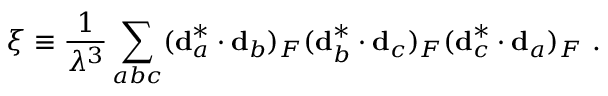
\xi \equiv \frac { 1 } { \lambda ^ { 3 } } \sum _ { a b c } ( { \bf d } _ { a } ^ { * } \cdot { \bf d } _ { b } ) _ { F } ( { \bf d } _ { b } ^ { * } \cdot { \bf d } _ { c } ) _ { F } ( { \bf d } _ { c } ^ { * } \cdot { \bf d } _ { a } ) _ { F } \ .